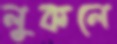
লুকলে